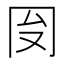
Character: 𱏻